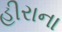
હીરાના